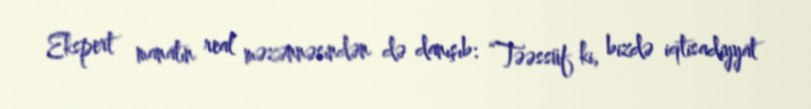
Ekspert manatın real məzənnəsindən də danışıb: “Təəssüf ki, bizdə iqtisadiyyat